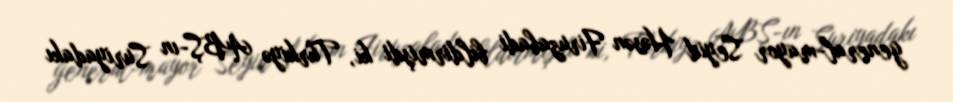
general-mayor Seyid Həsən Firuzabadi bildirmişdi ki, Türkiyə ABŞ-ın Suriyadakı